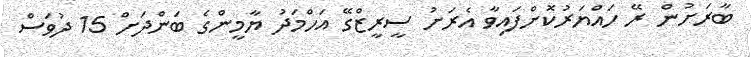
ބާރަށުން ރޭ ހައްޔަރުކޮށްފައިވާ އެރަށު ސީރީޒްގޭ އަހްމަދު ޔާމީންގެ ބަންދަށް 15 ދުވަސް